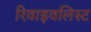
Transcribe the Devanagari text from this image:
रिवाइवलिस्ट